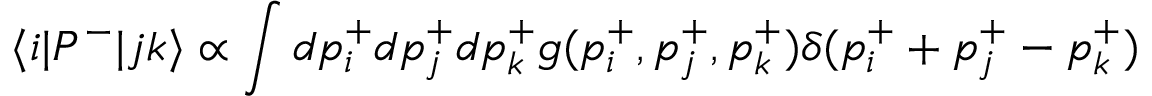
\langle i | P ^ { - } | j k \rangle \propto \int d p _ { i } ^ { + } d p _ { j } ^ { + } d p _ { k } ^ { + } g ( p _ { i } ^ { + } , p _ { j } ^ { + } , p _ { k } ^ { + } ) \delta ( p _ { i } ^ { + } + p _ { j } ^ { + } - p _ { k } ^ { + } )